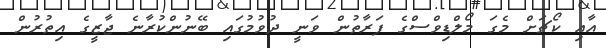
އާއި ކޯޗަށް މެގަ މޯލްޑިވްސްގެ ފަރާތުން ވަނީ ދުވުމުގައި ބޭނުންކުރާނެ ޖާޒީގެ އިތުރުން